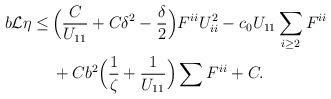
LaTeX: \begin{align*}\begin{aligned} b \mathcal{L} \eta \leq \,& \Big(\frac{C}{U_{11}} + C \delta^2- \frac{\delta}{2}\Big) F^{ii} U_{ii}^2 - c_0 U_{11} \sum_{i \geq 2} F^{ii} \\ & + C b^2 \Big(\frac{1}{\zeta} + \frac{1}{U_{11}}\Big) \sum F^{ii} + C.\end{aligned}\end{align*}